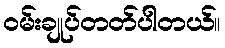
၀မ်းချုပ်တတ်ပါတယ်။